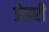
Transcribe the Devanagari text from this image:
प्रेइरी